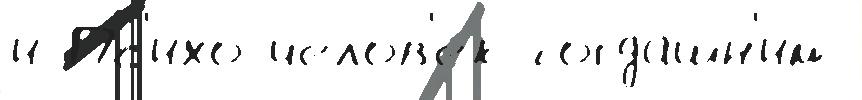
и Пс'ихо-челов'е́к тогда́шн'им